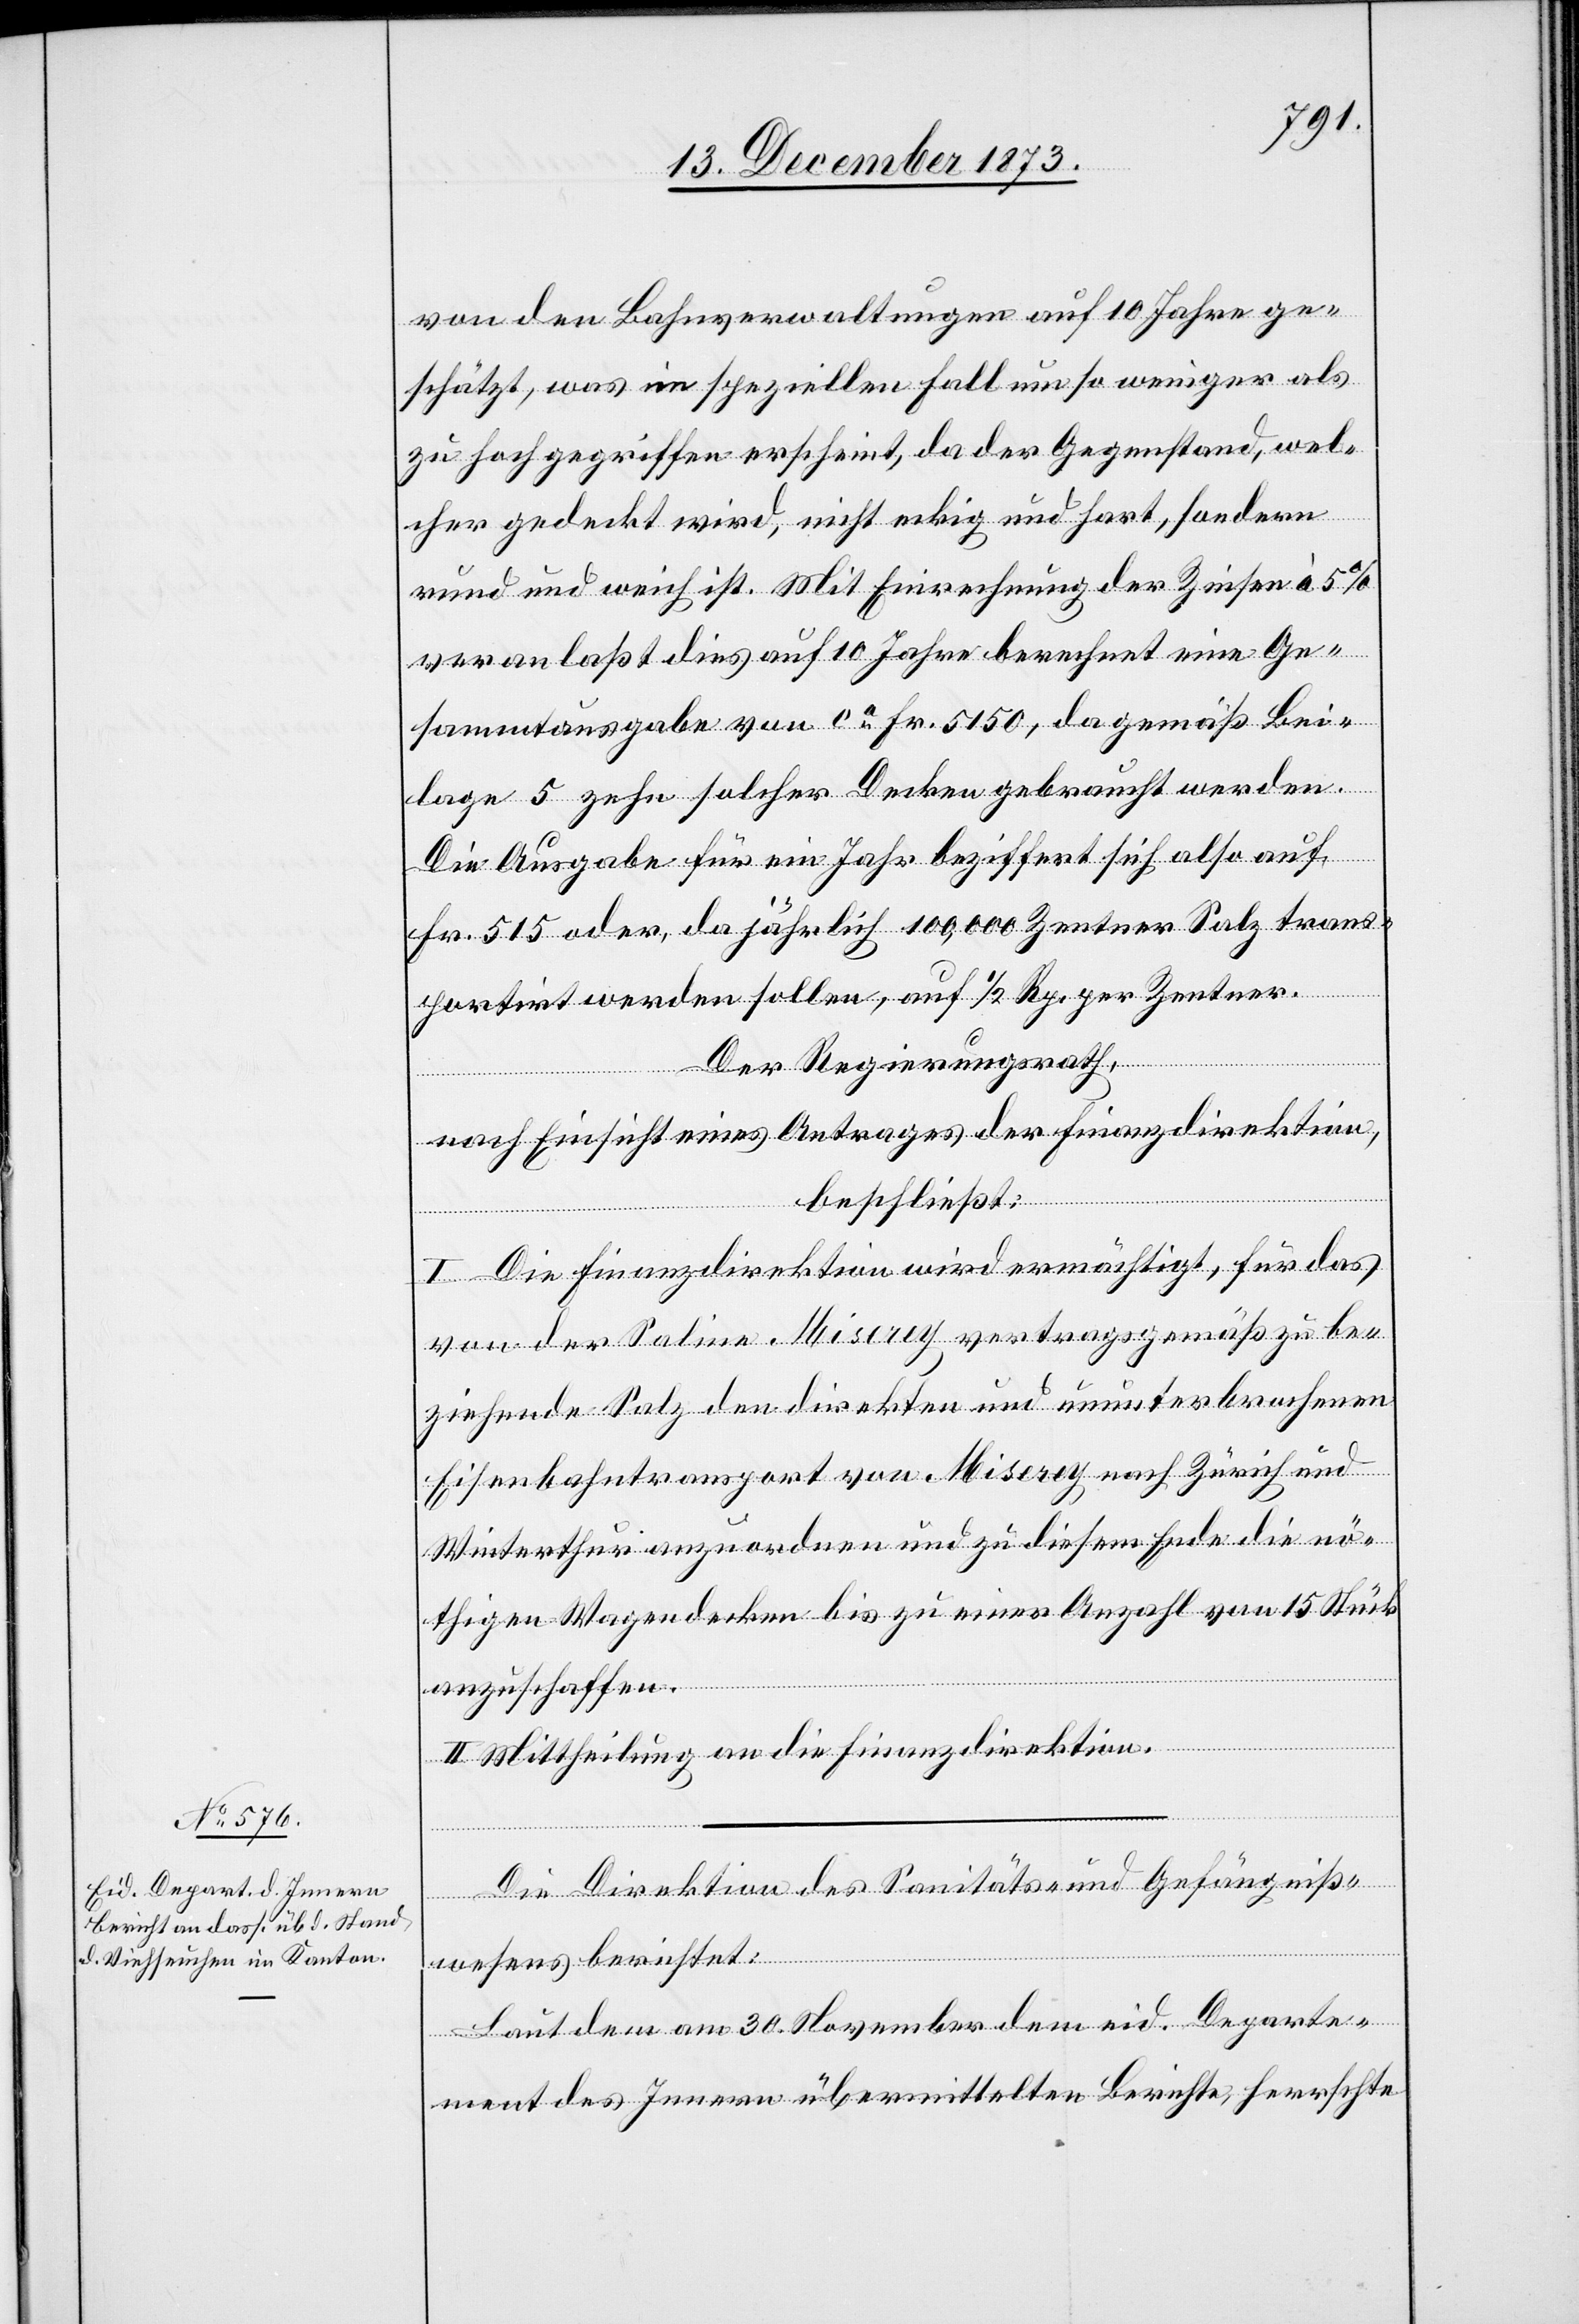
15. December 1873.]
von den Bahnverwaltungen auf 10 Jahre ge¬
schätzt, was im speziellen Fall um so weniger als
zu hoch gegriffen erscheint, da der Gegenstand, wel¬
cher gedeckt wird, nicht eckig und hart, sondern
rund und weich ist. Mit Einrechnung der Zinsen à 5%
veranlaßt dies auf 10 Jahre berechnet eine Ge¬
sammtausgabe von ca Fr. 5 150, da gemäß Bei¬
lage 5 zehn solcher Decken gebraucht werden.
Die Ausgabe für ein Jahr beziffert sich also auf
Fr. 515 oder, da jährlich 100,000 Zentner Salz trans¬
portirt werden sollen, auf 1/2 Rp. per Zentner.
Der Regierungsrath,
nach Einsicht eines Antrages der Finanzdirektion,
beschließt:
I. Die Finanzdirektion wird ermächtigt, für das
von der Saline Miserey vertragsgemäß zu be¬
ziehende Salz den direkten und ununterbrochenen
Eisenbahntransport von Miserey nach Zürich und
Winterthur anzuordnen und zu diesem Ende die nö¬
thigen Wagendecken bis zu einer Anzahl von 15 Stück
anzuschaffen.
II. Mittheilung an die Finanzdirektion.
Die Direktion des Sanitäts- und Gefängniß¬
wesens berichtet:
Laut dem am 30. November dem eid. Departe¬
ment des Innern übermittelten Berichte, herrschte